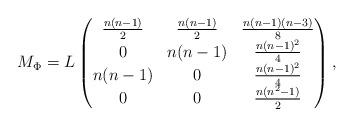
LaTeX: \begin{align*}M_{\Phi}=L\begin{pmatrix}\frac{n(n-1)}{2}&\frac{n(n-1)}{2}&\frac{n(n-1)(n-3)}{8}\\0&n(n-1)&\frac{n(n-1)^2}{4}\\n(n-1)&0&\frac{n(n-1)^2}{4}\\0&0&\frac{n(n^2-1)}{2}\end{pmatrix},\end{align*}